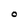
Character: O